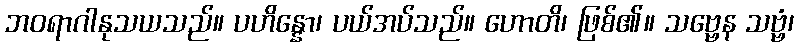
ဘဝရာဂါနုသယသည်။ ပဟိန္နော၊ ပယ်အပ်သည်။ ဟောတိ၊ ဖြစ်၏။ သဗ္ဗေန သဗ္ဗံ၊